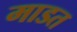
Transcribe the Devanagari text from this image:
माडत